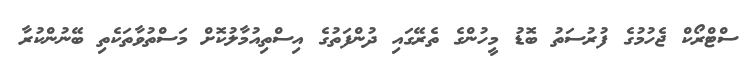
ސްޓްރޯކް ޖެހުމުގެ ފުރުސަތު ބޮޑު މީހުންގެ ތެރޭގައި ދުންފަތުގެ އިސްތިއުމާލުކޮށް މަސްތުވާތަކެތި ބޭނުންކުރާ